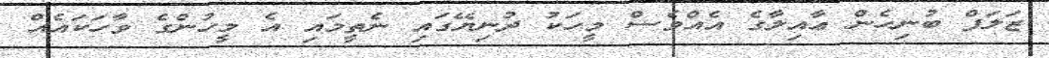
ޒަލަފް ބުނިހެން ޢާއިލާގެ އެއްވެސް މީހަކު ދުނިޔޭގައި ނެތީމައި އެ މީހުންގެ ވާހަކައެއް